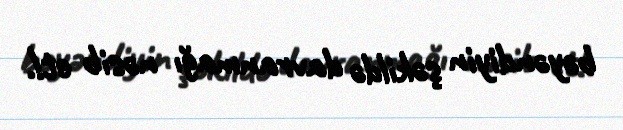
bəyəndiyin şəkildə davranmağı nəsib et!.